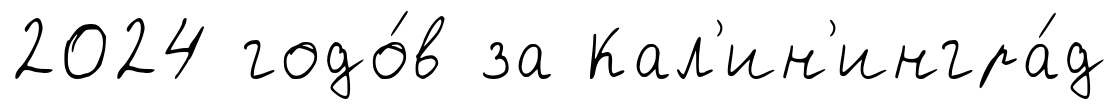
2024 годо́в за Кал'ин'ингра́д